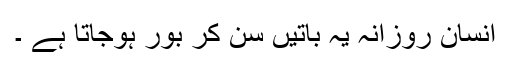
انسان روزانہ یہ باتیں سُن کر بور ہوجاتا ہے ۔